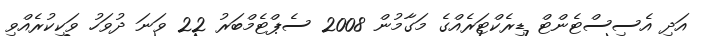
އަދި އެސިސްޓެންޓް ޑިރެކްޓަރެއްގެ މަގާމުން 2008 ސެޕްޓެމްބަރު 22 ވަނަ ދުވަހު ވަކިކުރެއްވި